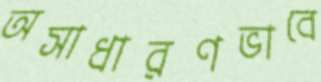
অসাধারণভাবে